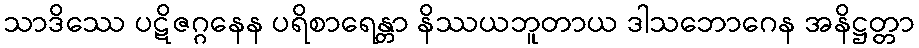
သာဒိဿေ ပဋိဇဂ္ဂနေန ပရိစာရေန္တာ နိဿယဘူတာယ ဒါသဘောဂေန အနိဋ္ဌတ္တာ